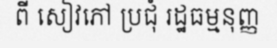
ពី សៀវភៅ ប្រជុំ រដ្ឋធម្មនុញ្ញ